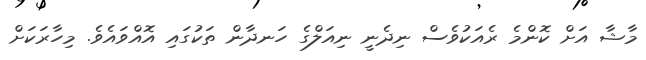
މާޝާ އަށް ކޮންމެ ރެއަކުވެސް ނިދެނީ ނިއަލްގެ ހަނދާން ތަކުގައި އޮއްވައެވެ. މިހާރަކަށް